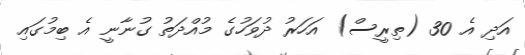
އަދި އެ 30 (ތިރީސް) އަހަރު ދުވަހުގެ މުއްދަތު ގުނާނީ އެ ބިމުގައި